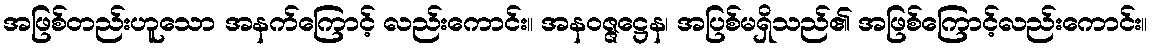
အဖြစ်တည်းဟူသော အနက်ကြောင့် လည်းကောင်း။ အနဝဇ္ဇဋ္ဌေန၊ အပြစ်မရှိသည်၏ အဖြစ်ကြောင့်လည်းကောင်း။